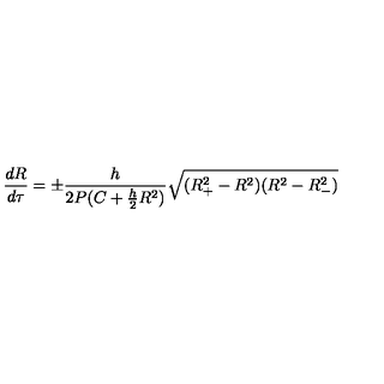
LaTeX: \frac { d R } { d \tau } = \pm \frac { h } { 2 P ( C + \frac { h } { 2 } R ^ { 2 } ) } \sqrt { ( R _ { + } ^ { 2 } - R ^ { 2 } ) ( R ^ { 2 } - R _ { - } ^ { 2 } ) }